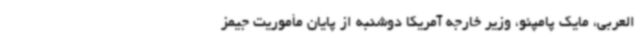
العربی، مایک پامپئو، وزیر خارجه آمریکا دوشنبه از پایان مأموریت جیمز